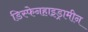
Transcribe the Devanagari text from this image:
डिस्फेनहाइड्रामीन